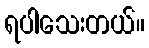
ရပါသေးတယ်။